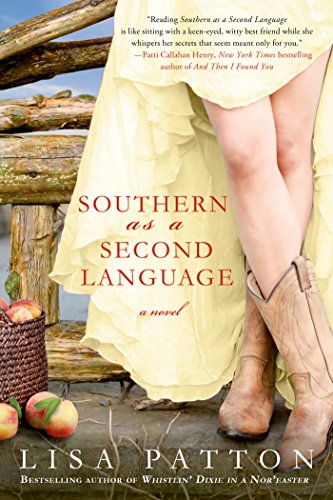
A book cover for Southern as a Second Language: A Novel (Dixie Series); Lisa Patton; Literature & Fiction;